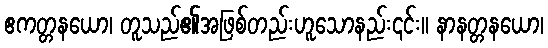
ဧကတ္တနယော၊ တူသည်၏အဖြစ်တည်းဟူသောနည်း၎င်း။ နာနတ္တနယော၊